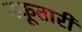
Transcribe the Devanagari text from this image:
स्कूतारी